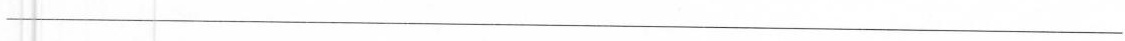
___